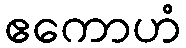
ဧကောဟံ